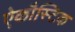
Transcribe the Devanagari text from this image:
ऐकौस्टिक